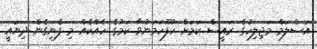
އަސްލަމް މަޖިލިހުގެ ރައީސް ކަމަށް ކުފޫހަމަނުވާ ކަމުގެ ހެއްކެއް މި ފެނިގެން ދިޔައީ